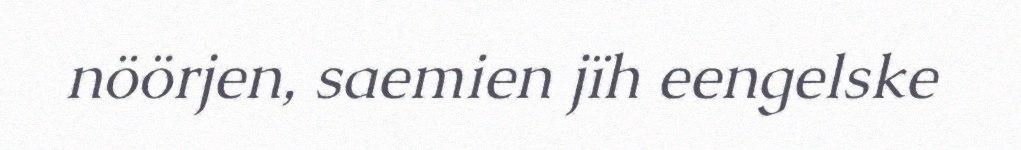
nöörjen, saemien jïh eengelske